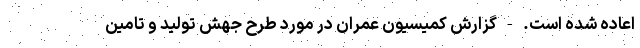
اعاده شده است. - گزارش کمیسیون عمران در مورد طرح جهش تولید و تامین